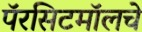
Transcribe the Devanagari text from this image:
पॅरसिटमॉलचे